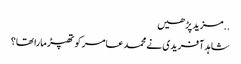
..مزید پڑھیں
شاہد آفریدی نے محمد عامر کو تھپڑ مارا تھا؟